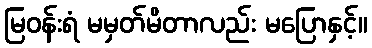
မြဝန်းရံ မမှတ်မိတာလည်း မပြောနှင့်။